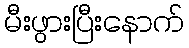
မီးဖွားပြီးနောက်